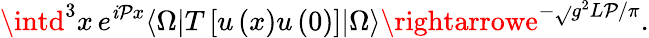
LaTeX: \intd^{3}x\, e^{\mathit{i}\mathcal{P}x}\langle\Omega|T\left[u\left(x\right)u\left(0\right)\right]|\Omega\rangle\rightarrowe^{-\sqrt{}{{g^{2}L\mathcal{P}/\pi}}}.